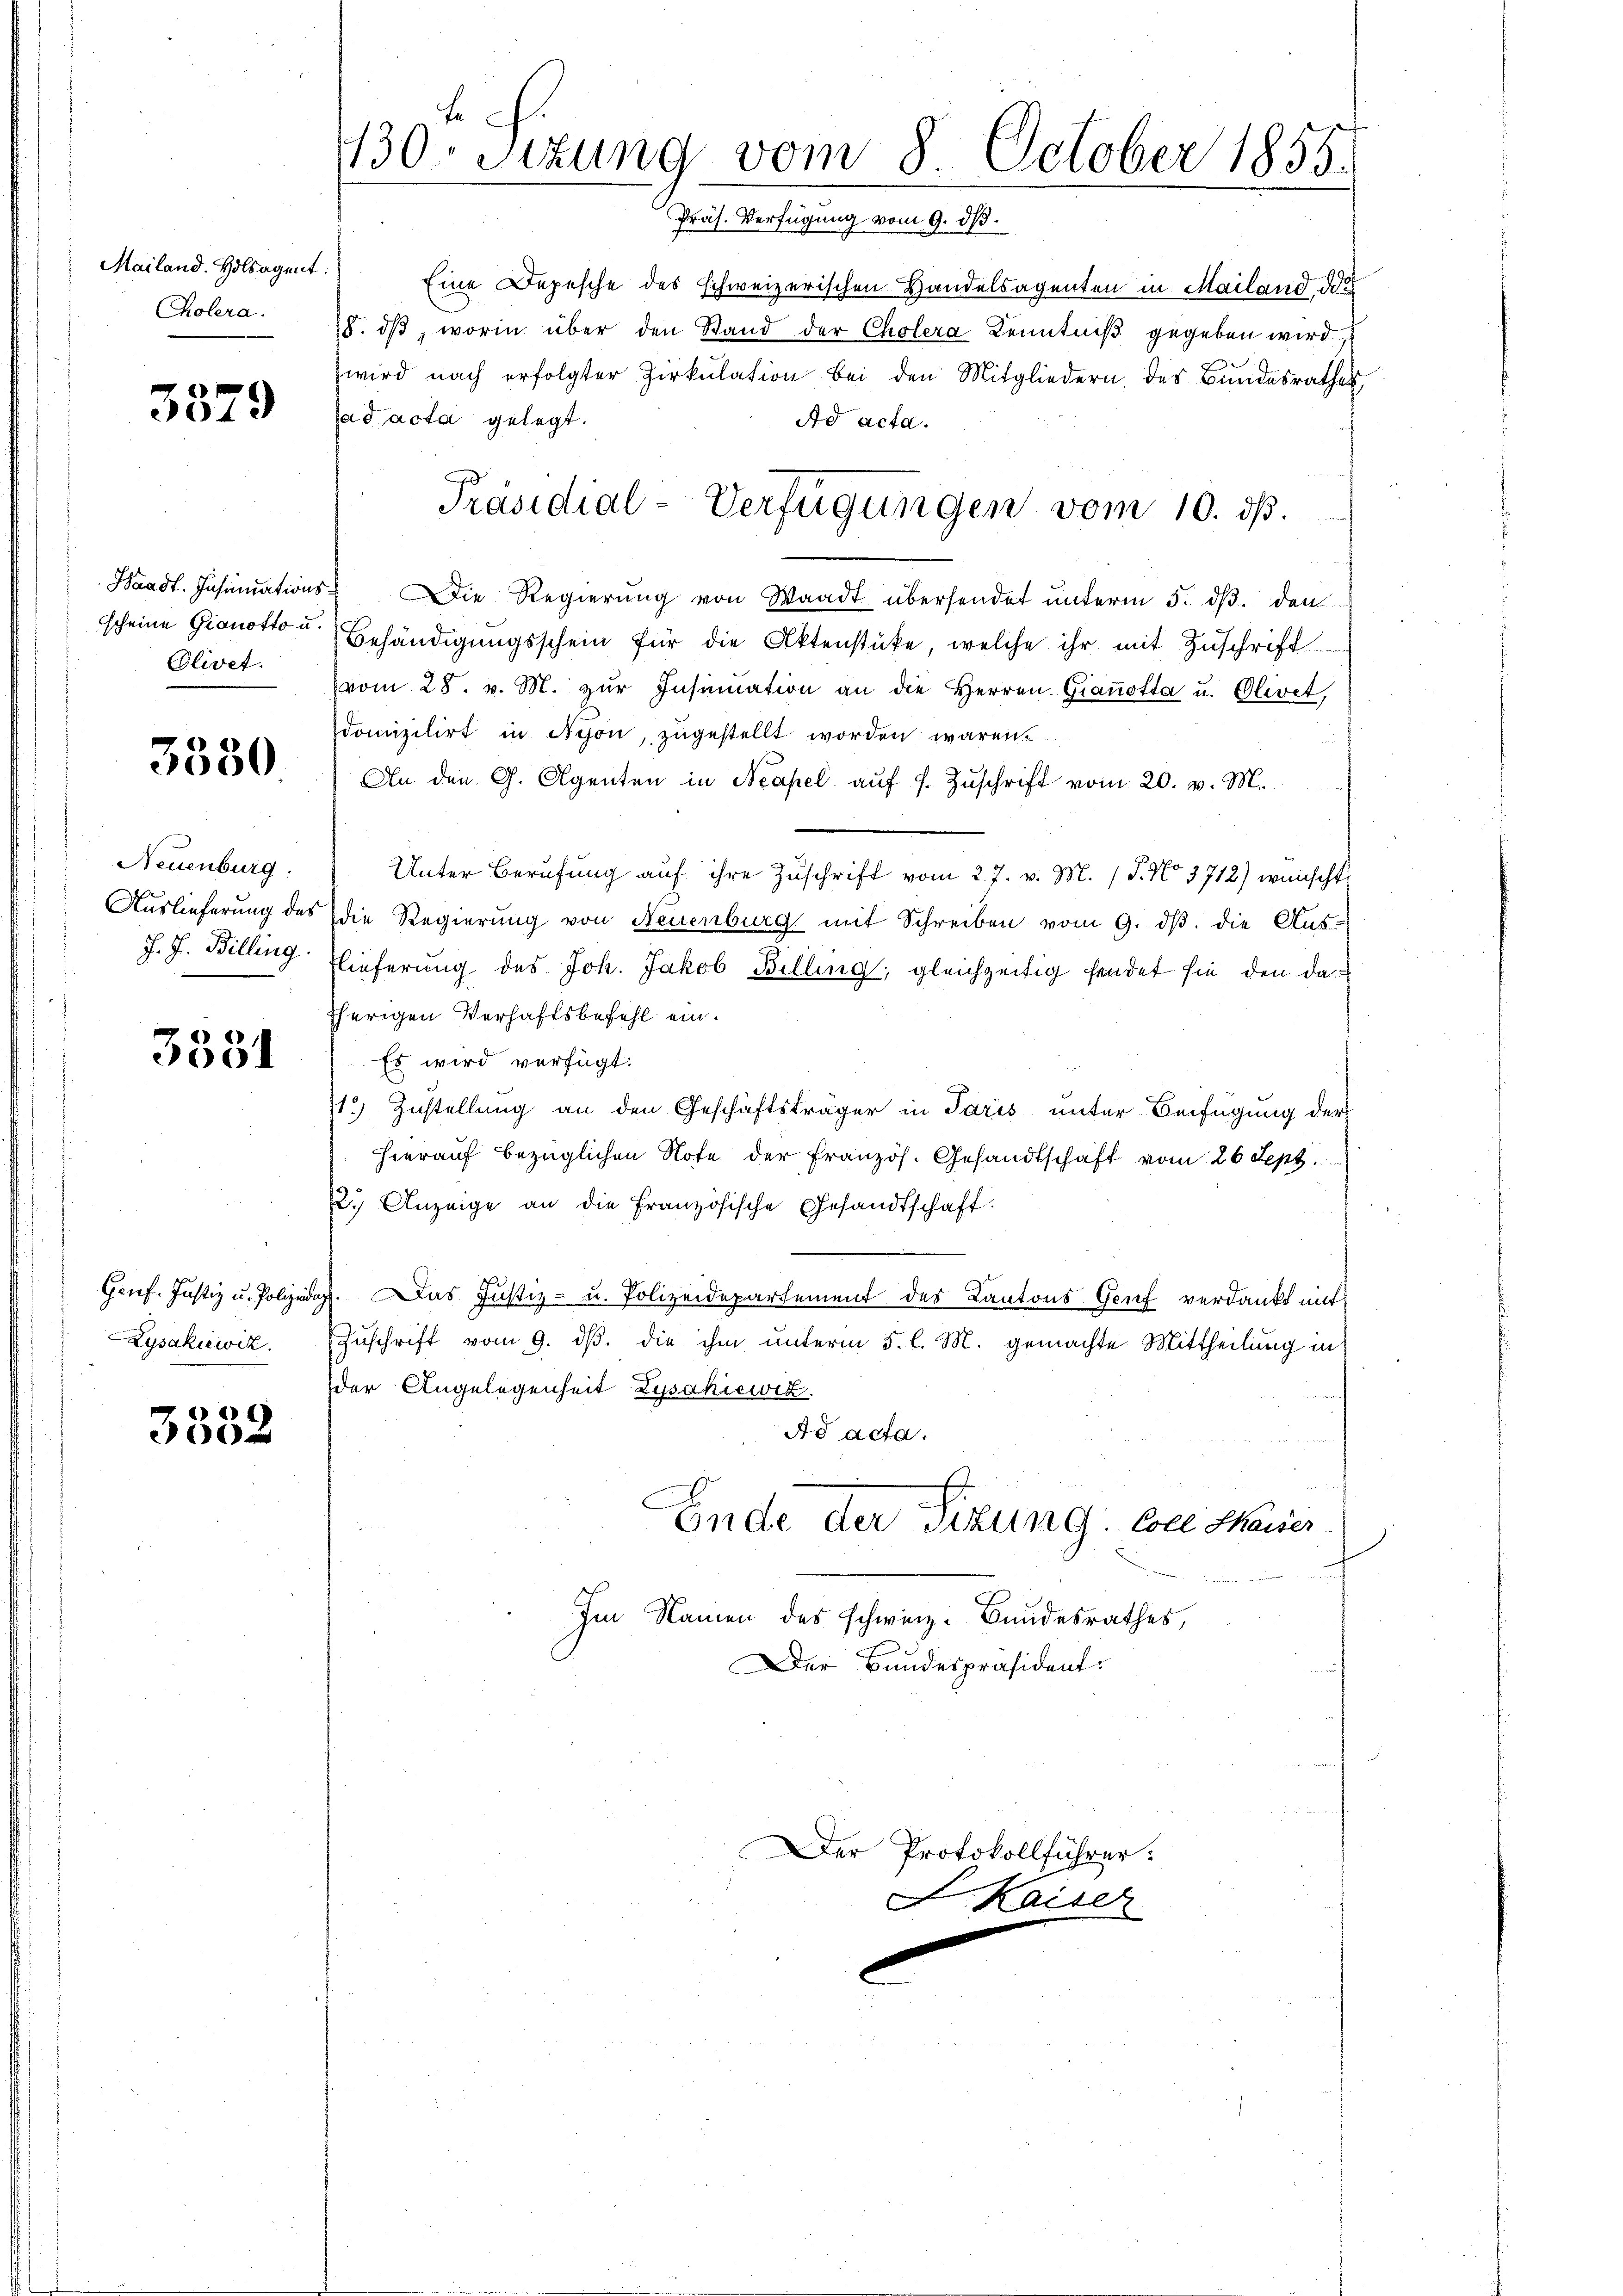
Mailand. Holsagent
Cholera.

3379

Waadt. Insinuations
scheine Gianotta u.
Colivet.

3330

Neuenburg.
Auslieferung des
J. J. Billing

3351

Gruf. Justiz u. Polizeidig
Zysakiewiz.

3352

130 Sizung vom 8. October 1855.
Präs. Verfügung vom 9. ds.

Eine Depesche des schweizerischen Handelsagenten in Mailand, das
8. dβ, worin über den Stand der Cholera Kenntniß gegeben wird
wird nach erfolgter Zirkŭlation bei den Mitgliedern des Bundesrathes,
ad acta gelegt.
Ad acta.
Die Regierung von Waadt übersendet unterm 5. ds. den
Behändigungsschein für die Aktenstüke, welche ihr mit Zuschrift
vom 28. v. M. zŭr Insinuation an die Herren. Gianotta u. Olivet,
domizilirt in Nyon, zugestellt worden waren
An den G. Agenten in Neapel aŭf s. Zŭschrift vom 20. v. M.
Unter Berufung aŭf ihre Zŭschrift vom 27. v. M. (T. No 3712) wünscht
die Regierung von Neuenburg mit Schreiben vom 9. dβ. die Aus-
lieferung des Joh. Jakob Billing; gleichzeitig hendet sie den da
herigen Verhaftsbefehl ein¬
Es wird verfügt:
1.) Zustellung an den Geschäftsträger in Paris unter Beifügung der
hierauf bezüglichen Note der Französ. Gesandtschaft vom 26 Sept.
2.) Anzeige an die Französische Gesandtschaft.
Das Justiz- u. Polizeidepartement des Kantons Genf verdankt mit
Zuschrift vom 9. ds. die ihm unterm 5. l. M. gemachte Mittheilung in
der Angelegenheit Zysahiewic
Ad acta.
Ende der Sitzung soll Marier
Im Namen des schwinz. Bundesrathes,
Der Bundespräsident:

Präsidial-Verfügungen vom 10. dß.

Der Protokollführer:

J. Kaiser